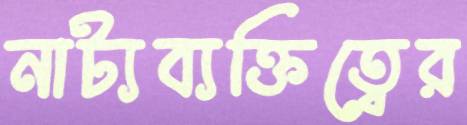
নাট্যব্যক্তিত্বের